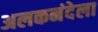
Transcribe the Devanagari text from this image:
अलकनंदेला